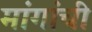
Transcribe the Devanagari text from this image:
मांगांची